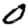
Digit: 0